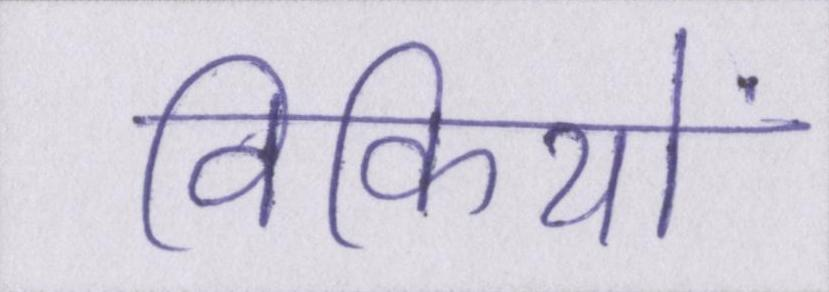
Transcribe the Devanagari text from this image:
विकियों